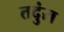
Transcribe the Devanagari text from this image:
तदुंरा